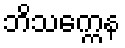
ဘိသက္ကေန